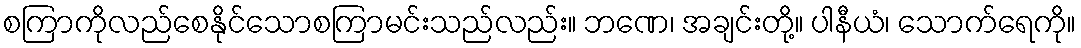
စကြာကိုလည်စေနိုင်သောစကြာမင်းသည်လည်း။ ဘဏေ၊ အချင်းတို့။ ပါနီယံ၊ သောက်ရေကို။